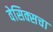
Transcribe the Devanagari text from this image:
वेसिक्सचा